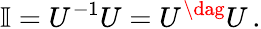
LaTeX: \mathbb{I}=U^{-1}U=U^{\dag}U\, .